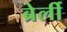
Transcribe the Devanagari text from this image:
ब्रेर्ली